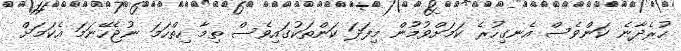
ހުރެދާނެ ކަންވެސް އެނގިހުރެ ކަމަށްވުމުން މިފަދަ ކަންތަކުގައިވެސް ތިމާ ހިތްހަމަ ނުޖެހޭނަމަ އެކަމަށް